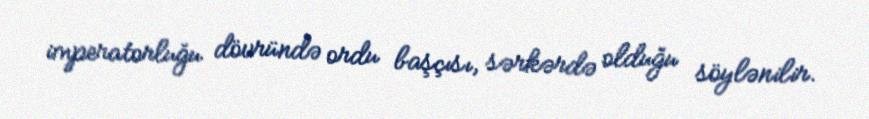
imperatorluğu dövründə ordu başçısı, sərkərdə olduğu söylənilir.